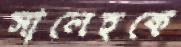
সালেহকে